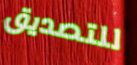
للتصديق